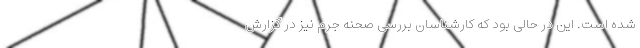
شده است. این در حالی بود که کارشناسان بررسی صحنه جرم نیز در گزارش